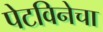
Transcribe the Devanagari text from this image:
पेटविनेचा